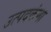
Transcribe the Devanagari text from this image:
उत्पदकंणा